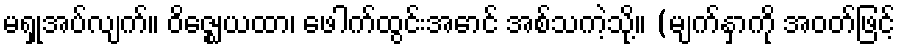
မရှုအပ်လျက်။ ဝိဇ္ဈေယထာ၊ ဖေါက်ထွင်းအောင် အစ်သကဲ့သို့။ (မျက်နှာကို အဝတ်ဖြင့်